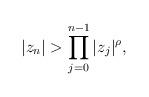
LaTeX: \begin{align*}|z_n|> \prod_{j=0}^{n-1} |z_{j}|^{\rho} ,\end{align*}